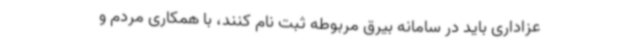
عزاداری باید در سامانه بیرق مربوطه ثبت نام کنند، با همکاری مردم و